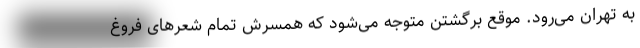
به تهران می‌رود. موقع برگشتن متوجه می‌شود که همسرش تمام شعرهای فروغ